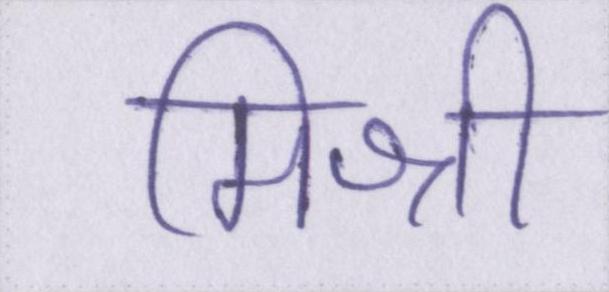
मिश्री